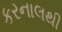
કરનાલથી